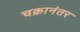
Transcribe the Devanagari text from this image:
चक्रानंतर